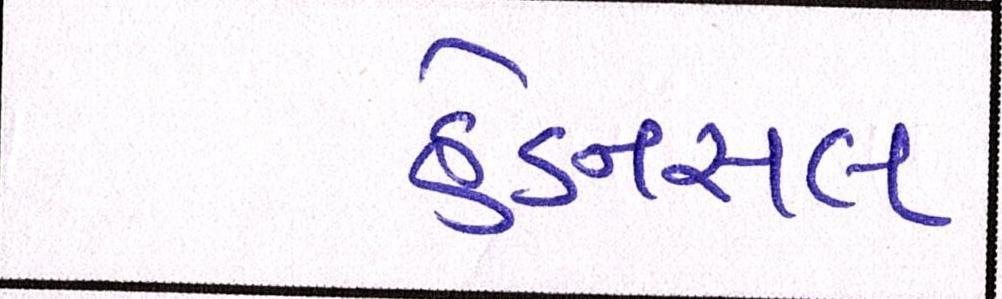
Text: હેડનસલ